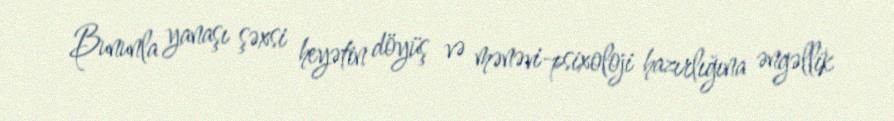
Bununla yanaşı şəxsi heyətin döyüş və mənəvi-psixoloji hazırlığına əngəllik